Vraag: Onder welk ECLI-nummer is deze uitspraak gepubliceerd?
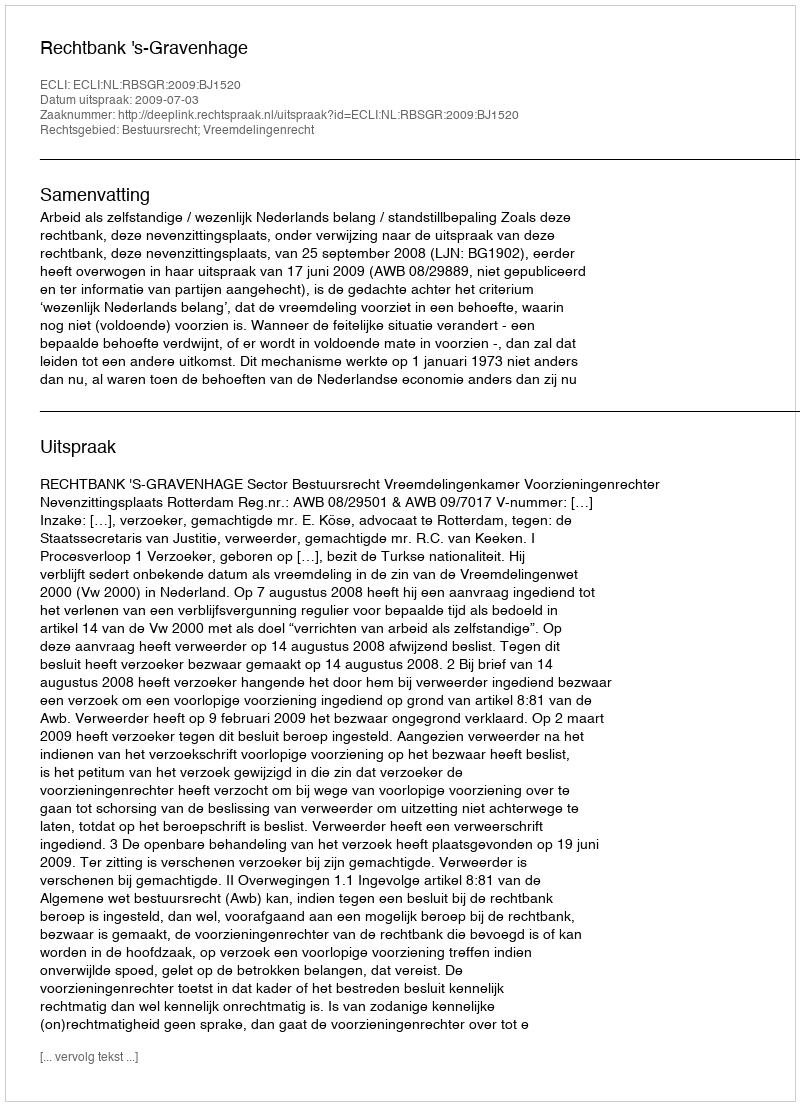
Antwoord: ECLI:NL:RBSGR:2009:BJ1520